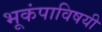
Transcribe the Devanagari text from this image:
भूकंपाविषयी